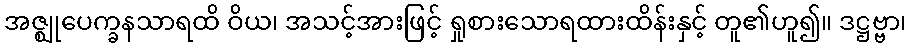
အဇ္ဈုပေက္ခနသာရထိ ဝိယ၊ အသင့်အားဖြင့် ရှုစားသောရထားထိန်းနှင့် တူ၏ဟူ၍။ ဒဋ္ဌဗ္ဗာ၊